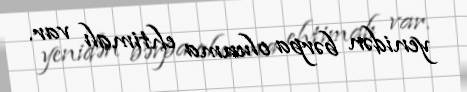
yenidən bərpa olunma ehtimalı var.